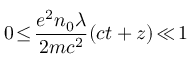
0 \! \le \! \frac { e ^ { 2 } n _ { 0 } \lambda } { 2 m c ^ { 2 } } ( c t + z ) \! \ll \! 1